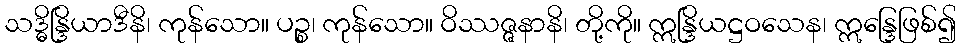
သဒ္ဓိန္ဒြိယာဒီနိ၊ ကုန်သော။ ပဉ္စ၊ ကုန်သော။ ဝိဿဇ္ဇနာနိ၊ တို့ကို။ ဣန္ဒြိယဋ္ဌဝသေန၊ ဣန္ဒြေဖြစ်၍